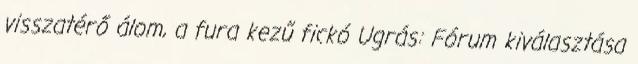
visszatérő álom, a fura kezű fickó Ugrás: Fórum kiválasztása